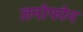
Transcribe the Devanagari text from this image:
जनोफोन